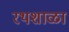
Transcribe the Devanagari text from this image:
रथशाळा